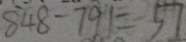
8 4 8 - 7 9 1 = 5 7